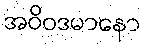
အဝိဝဒမာနော